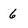
Character: 6